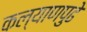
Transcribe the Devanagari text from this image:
कल्याणपुढे